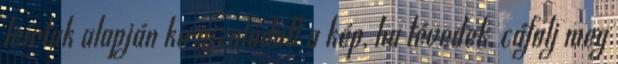
leírtak alapján kirajzolódott a kép, ha tévedek, cáfolj meg